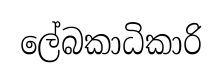
ලේබකාධිකාරි